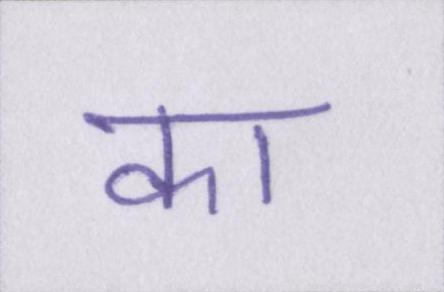
का